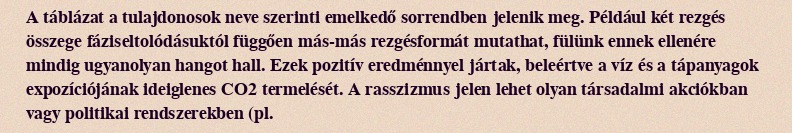
A táblázat a tulajdonosok neve szerinti emelkedő sorrendben jelenik meg. Például két rezgés összege fáziseltolódásuktól függően más-más rezgésformát mutathat, fülünk ennek ellenére mindig ugyanolyan hangot hall. Ezek pozitív eredménnyel jártak, beleértve a víz és a tápanyagok expozíciójának ideiglenes CO2 termelését. A rasszizmus jelen lehet olyan társadalmi akciókban vagy politikai rendszerekben (pl.